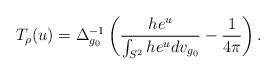
LaTeX: \begin{align*}T_\rho(u)= \Delta_{g_0}^{-1}\left( \frac{h e^{u}}{\int_{S^2} h e^{u} dv_{g_0}}- \frac{1}{4\pi}\right).\end{align*}